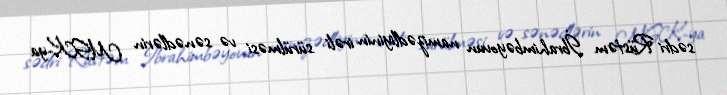
sədri Rüstəm İbrahimbəyovun namizədliyinin irəli sürülməsi və sənədlərin MSK-ya